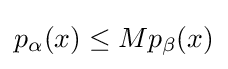
p_{\alpha }(x)\leq Mp_{\beta }(x)